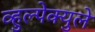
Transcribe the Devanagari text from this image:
व्हुल्पेक्युले